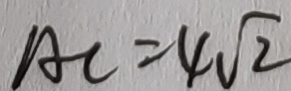
A C = 4 \sqrt { 2 }